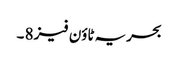
بحریہ ٹاؤن فیز 8 ۔